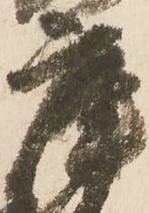
庫